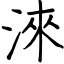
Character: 淶